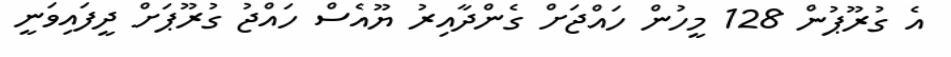
އެ ގުރޫޕުން 128 މީހުން ހައްޖަށް ގެންދާއިރު ޔޫއެސް ހައްޖު ގުރޫޕަށް ދީފައިވަނީ